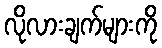
လိုလားချက်များကို